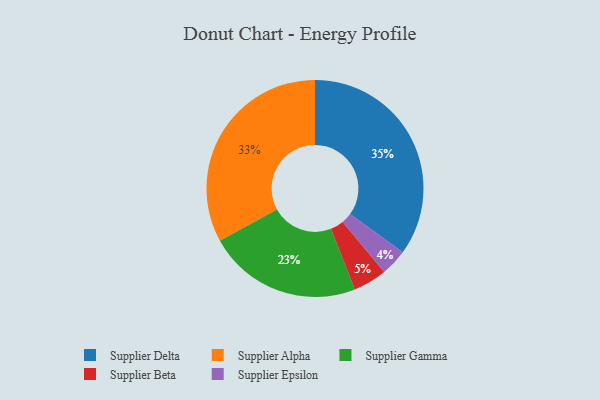
{"axis": {"x": "Category", "y": "Percentage"}, "legend": ["Supplier Alpha", "Supplier Beta", "Supplier Delta", "Supplier Epsilon", "Supplier Gamma"], "data": [{"x": "Supplier Beta", "y": 5, "type": "Supplier Beta"}, {"x": "Supplier Delta", "y": 35, "type": "Supplier Delta"}, {"x": "Supplier Alpha", "y": 33, "type": "Supplier Alpha"}, {"x": "Supplier Gamma", "y": 23, "type": "Supplier Gamma"}, {"x": "Supplier Epsilon", "y": 4, "type": "Supplier Epsilon"}]}